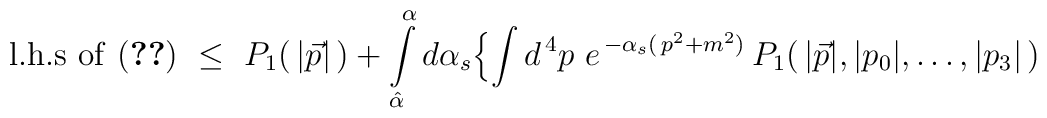
{\rm l.h.s\ of \ (\ref{th1})}\ \leq\ P_{1}(\,\vert\vec p\vert\,)+\int\limits_{\hat\alpha}^{\alpha}d\alpha_{s}\Bigl \{\int d^{\,4}p\ e^{\,-\alpha_{s}(\,p^{2}+m^{2})}\,P_{1}(\,\vert\vec p\vert,\vert p_{0}\vert,\ldots,\vert p_{3}\vert\,)